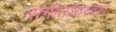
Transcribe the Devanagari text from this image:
संगीतशास्त्रात